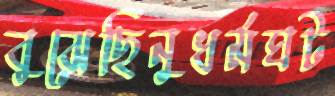
বুঝেছিনুধর্মঘট